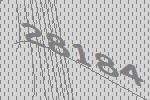
28184